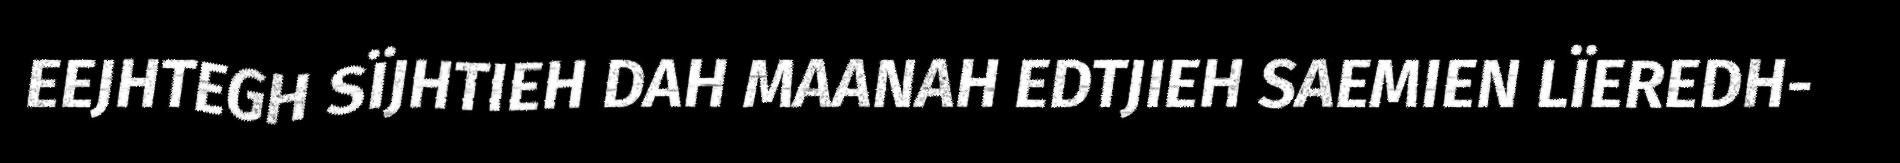
EEJHTEGH SÏJHTIEH DAH MAANAH EDTJIEH SAEMIEN LÏEREDH-